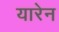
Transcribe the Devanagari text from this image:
यारेन